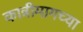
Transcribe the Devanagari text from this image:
कात्रीमागच्या